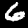
Label: 6